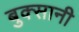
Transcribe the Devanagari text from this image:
बुक्सानी